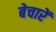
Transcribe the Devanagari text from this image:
बेचारें